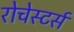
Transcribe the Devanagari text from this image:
रोचेस्टर्स